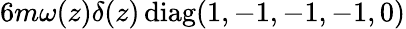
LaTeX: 6m\omega(z)\delta(z)\, \mathrm{diag}(1,-1,-1,-1,0)